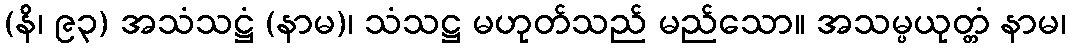
(နိ၊ ၉၃) အသံသဋ္ဌံ (နာမ)၊ သံသဋ္ဌ မဟုတ်သည် မည်သော။ အသမ္ပယုတ္တံ နာမ၊